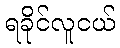
ရခိုင်လူငယ်